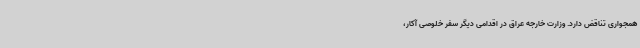
همجواری تناقض دارد. وزارت خارجه عراق در اقدامی دیگر سفر خلوصی آکار،